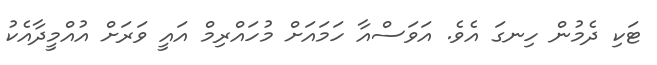
ޓަކި ދެމުން ހިނގަ އެވެ. އަވަސްއާ ހަމައަށް މުހައްރިމް އައީ ވަރަށް އުއްމީދާއެކު